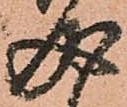
成